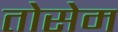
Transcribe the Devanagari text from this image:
तोसेम